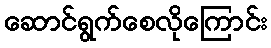
ဆောင်ရွက်စေလိုကြောင်း